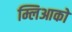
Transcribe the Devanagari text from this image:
म्लिआको